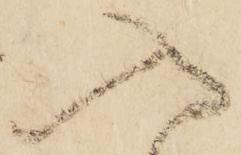
入